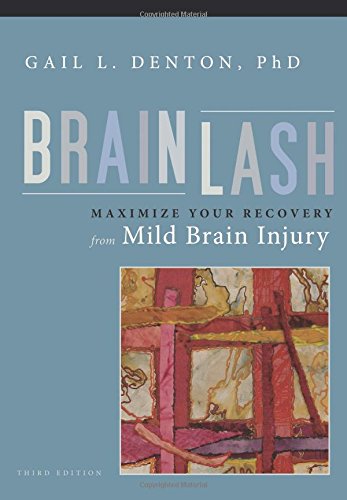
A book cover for Brainlash; Gail L. Denton PhD; Health, Fitness & Dieting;